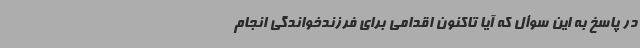
در پاسخ به این سوأل که آیا تاکنون اقدامی برای فرزندخواندگی انجام